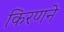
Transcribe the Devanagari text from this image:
किरणने